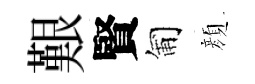
艱賢匍顔